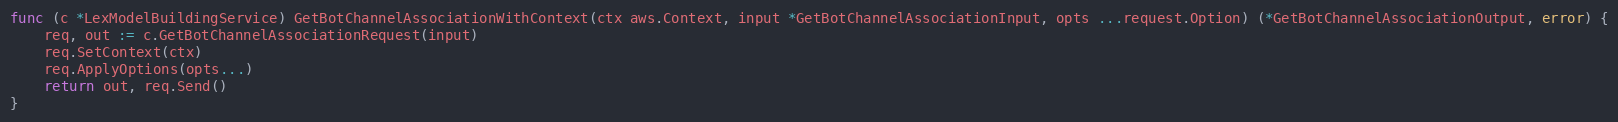
Language: Go
func (c *LexModelBuildingService) GetBotChannelAssociationWithContext(ctx aws.Context, input *GetBotChannelAssociationInput, opts ...request.Option) (*GetBotChannelAssociationOutput, error) {
	req, out := c.GetBotChannelAssociationRequest(input)
	req.SetContext(ctx)
	req.ApplyOptions(opts...)
	return out, req.Send()
}